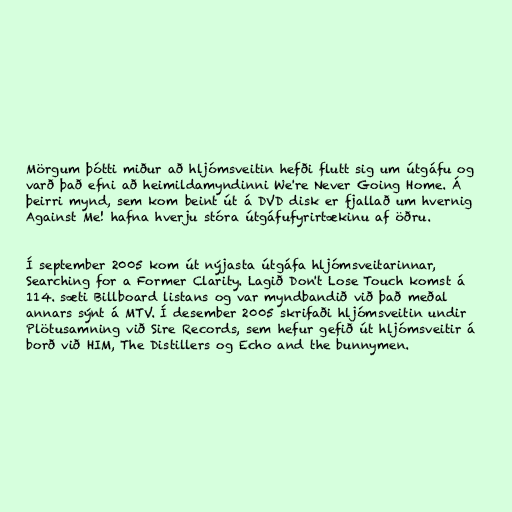
Mörgum þótti miður að hljómsveitin hefði flutt sig um útgáfu og
varð það efni að heimildamyndinni We're Never Going Home. Á
þeirri mynd, sem kom beint út á DVD disk er fjallað um hvernig
Against Me! hafna hverju stóra útgáfufyrirtækinu af öðru.

Í september 2005 kom út nýjasta útgáfa hljómsveitarinnar,
Searching for a Former Clarity. Lagið Don't Lose Touch komst á
114. sæti Billboard listans og var myndbandið við það meðal
annars sýnt á MTV. Í desember 2005 skrifaði hljómsveitin undir
Plötusamning við Sire Records, sem hefur gefið út hljómsveitir á
borð við HIM, The Distillers og Echo and the bunnymen.